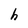
Character: h